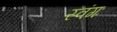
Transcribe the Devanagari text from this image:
स्वंगः